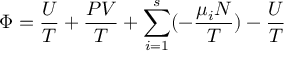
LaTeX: \Phi = { \frac { U } { T } } + { \frac { P V } { T } } + \sum _ { i = 1 } ^ { s } ( - { \frac { \mu _ { i } N } { T } } ) - { \frac { U } { T } }